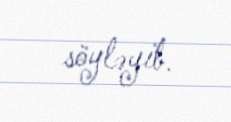
söyləyib.